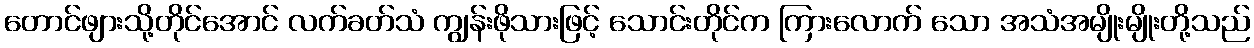
တောင်ဖျားသို့တိုင်အောင် လက်ခတ်သံ ကျွန်းဖိုသားဖြင့် သောင်းတိုင်က ကြားလောက် သော အသံအမျိုးမျိုးတို့သည်